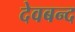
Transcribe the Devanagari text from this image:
देवबन्‍द